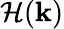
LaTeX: \mathcal{H}(\mathbf{k})